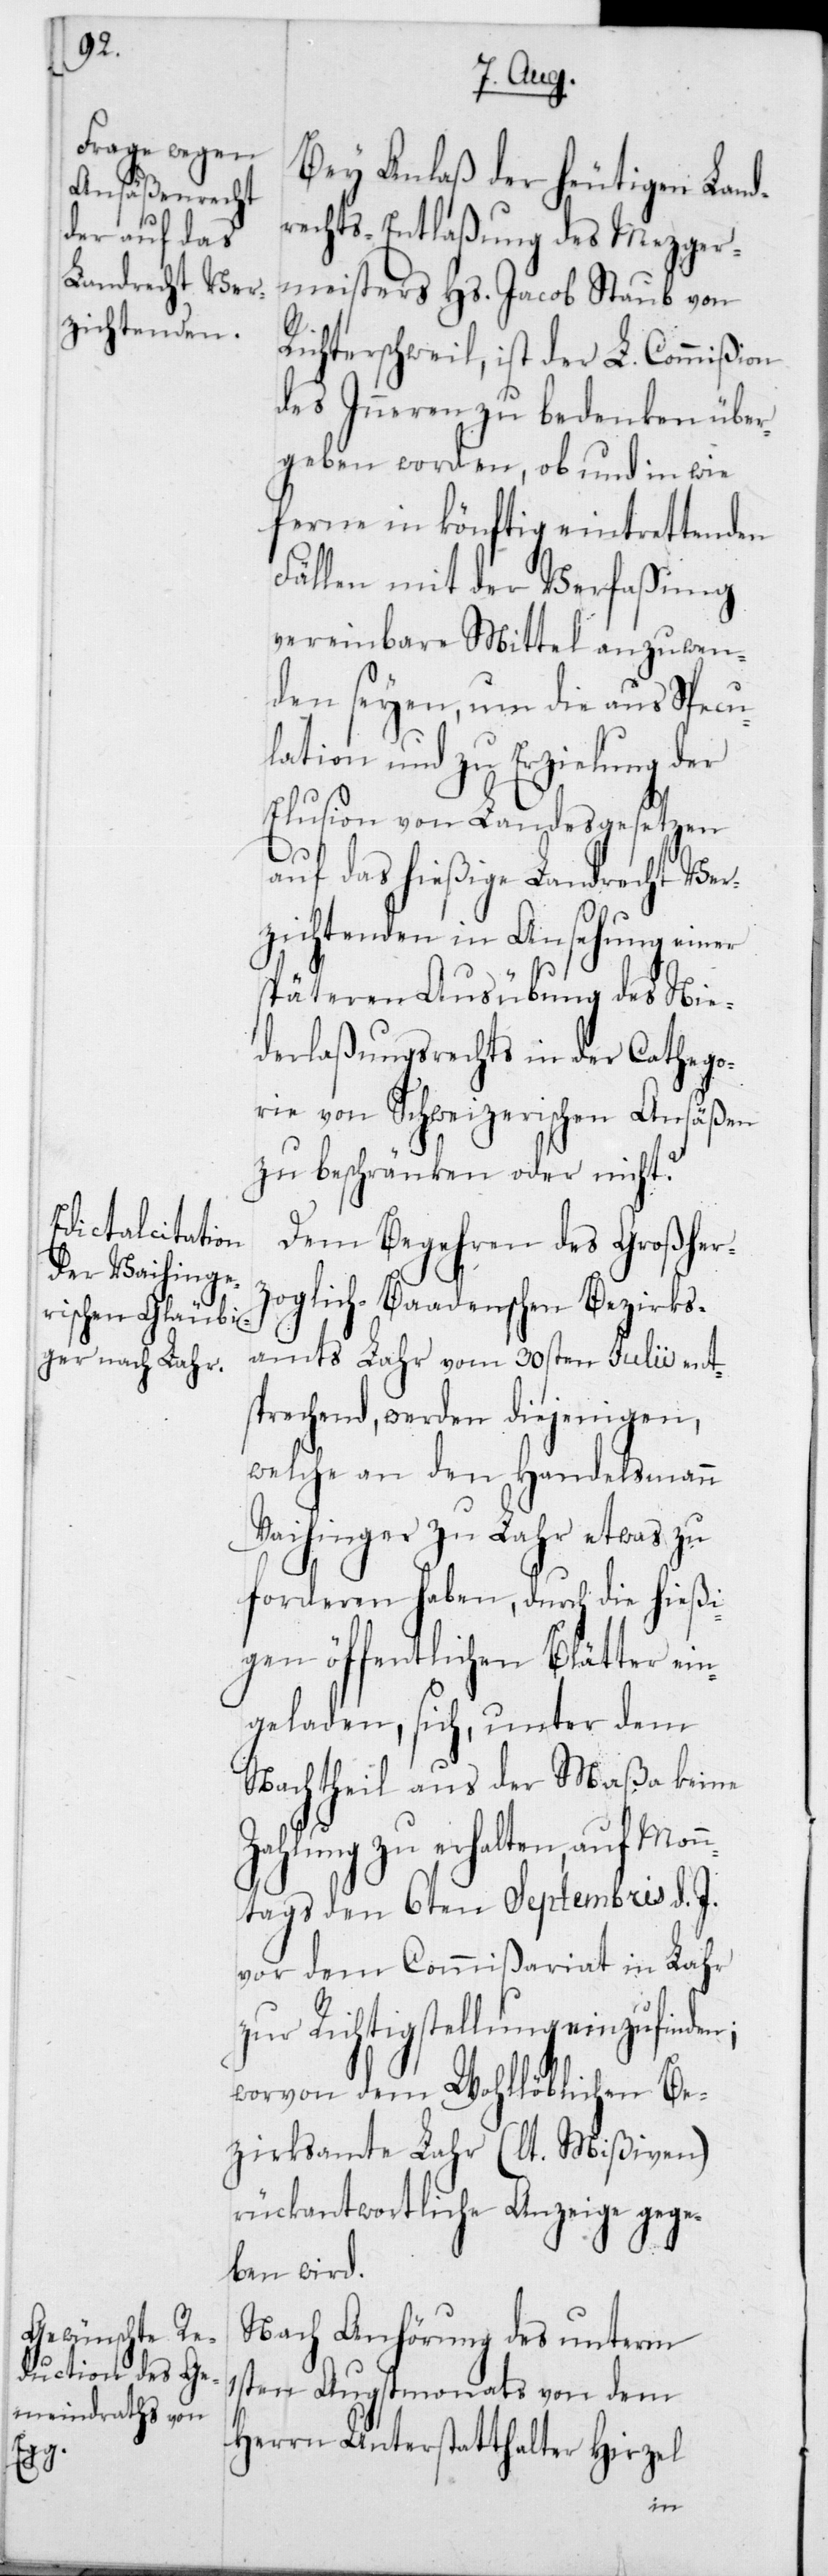
Bei Anlaß der heutigen Land¬
rechts-Entlaßung des Mezger¬
meisters Hs. Jacob Staub von
Richterschweil, ist der L. Commißion
des Inneren zu bedenken über¬
geben worden, ob und in wie
ferne in könftig eintrettenden
Fällen mit der Verfaßung
vereinbare Mittel anzuwen¬
den seyen, um die aus Specu¬
lation und zu Erzielung der
Elusion von Landesgesetzen
auf das hießige Landrecht Ver¬
zichtenden in Ansehung einer
späteren Ausübung des Nie¬
derlaßungsrechts in der Cathego¬
rie von Schweizerischen Ansäßen
zu beschränken oder nicht?
Dem Begehren des Großher¬
zoglich-Baadenschen Bezirks¬
amts Lahr vom 30sten Julii ent¬
sprechend, werden diejenigen,
welche an den Handelsmann
Vaihinger zu Lahr etwas zu
forderen haben, durch die hießi¬
gen öffentlichen Blätter ein¬
geladen, sich, unter dem
Nachtheil aus der Maßa keine
Zahlung zu erhalten, auf Mon¬
ntags den 6ten Septembris d. J.
vor dem Commißariat in Lahr
zur Richtigstellung einzufinden;
worvon dem Wohllöblichen Be¬
zirksamte Lahr (lt. Mißiven)
rückantwortliche Anzeige gege¬
ben wird.
Nach Anhörung des unterm
1sten Augstmonats von dem
Herrn Unterstatthalter Hirzel